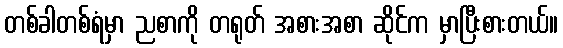
တစ်ခါတစ်ရံမှာ ညစာကို တရုတ် အစားအစာ ဆိုင်က မှာပြီးစားတယ်။